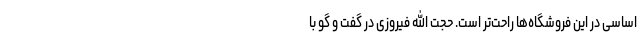
اساسی در این فروشگاه‌ها راحت‌تر است. حجت الله فیروزی در گفت و گو با